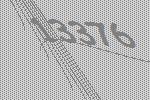
13376